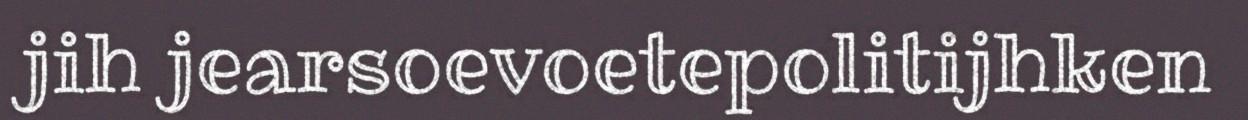
jih jearsoevoetepolitijhken